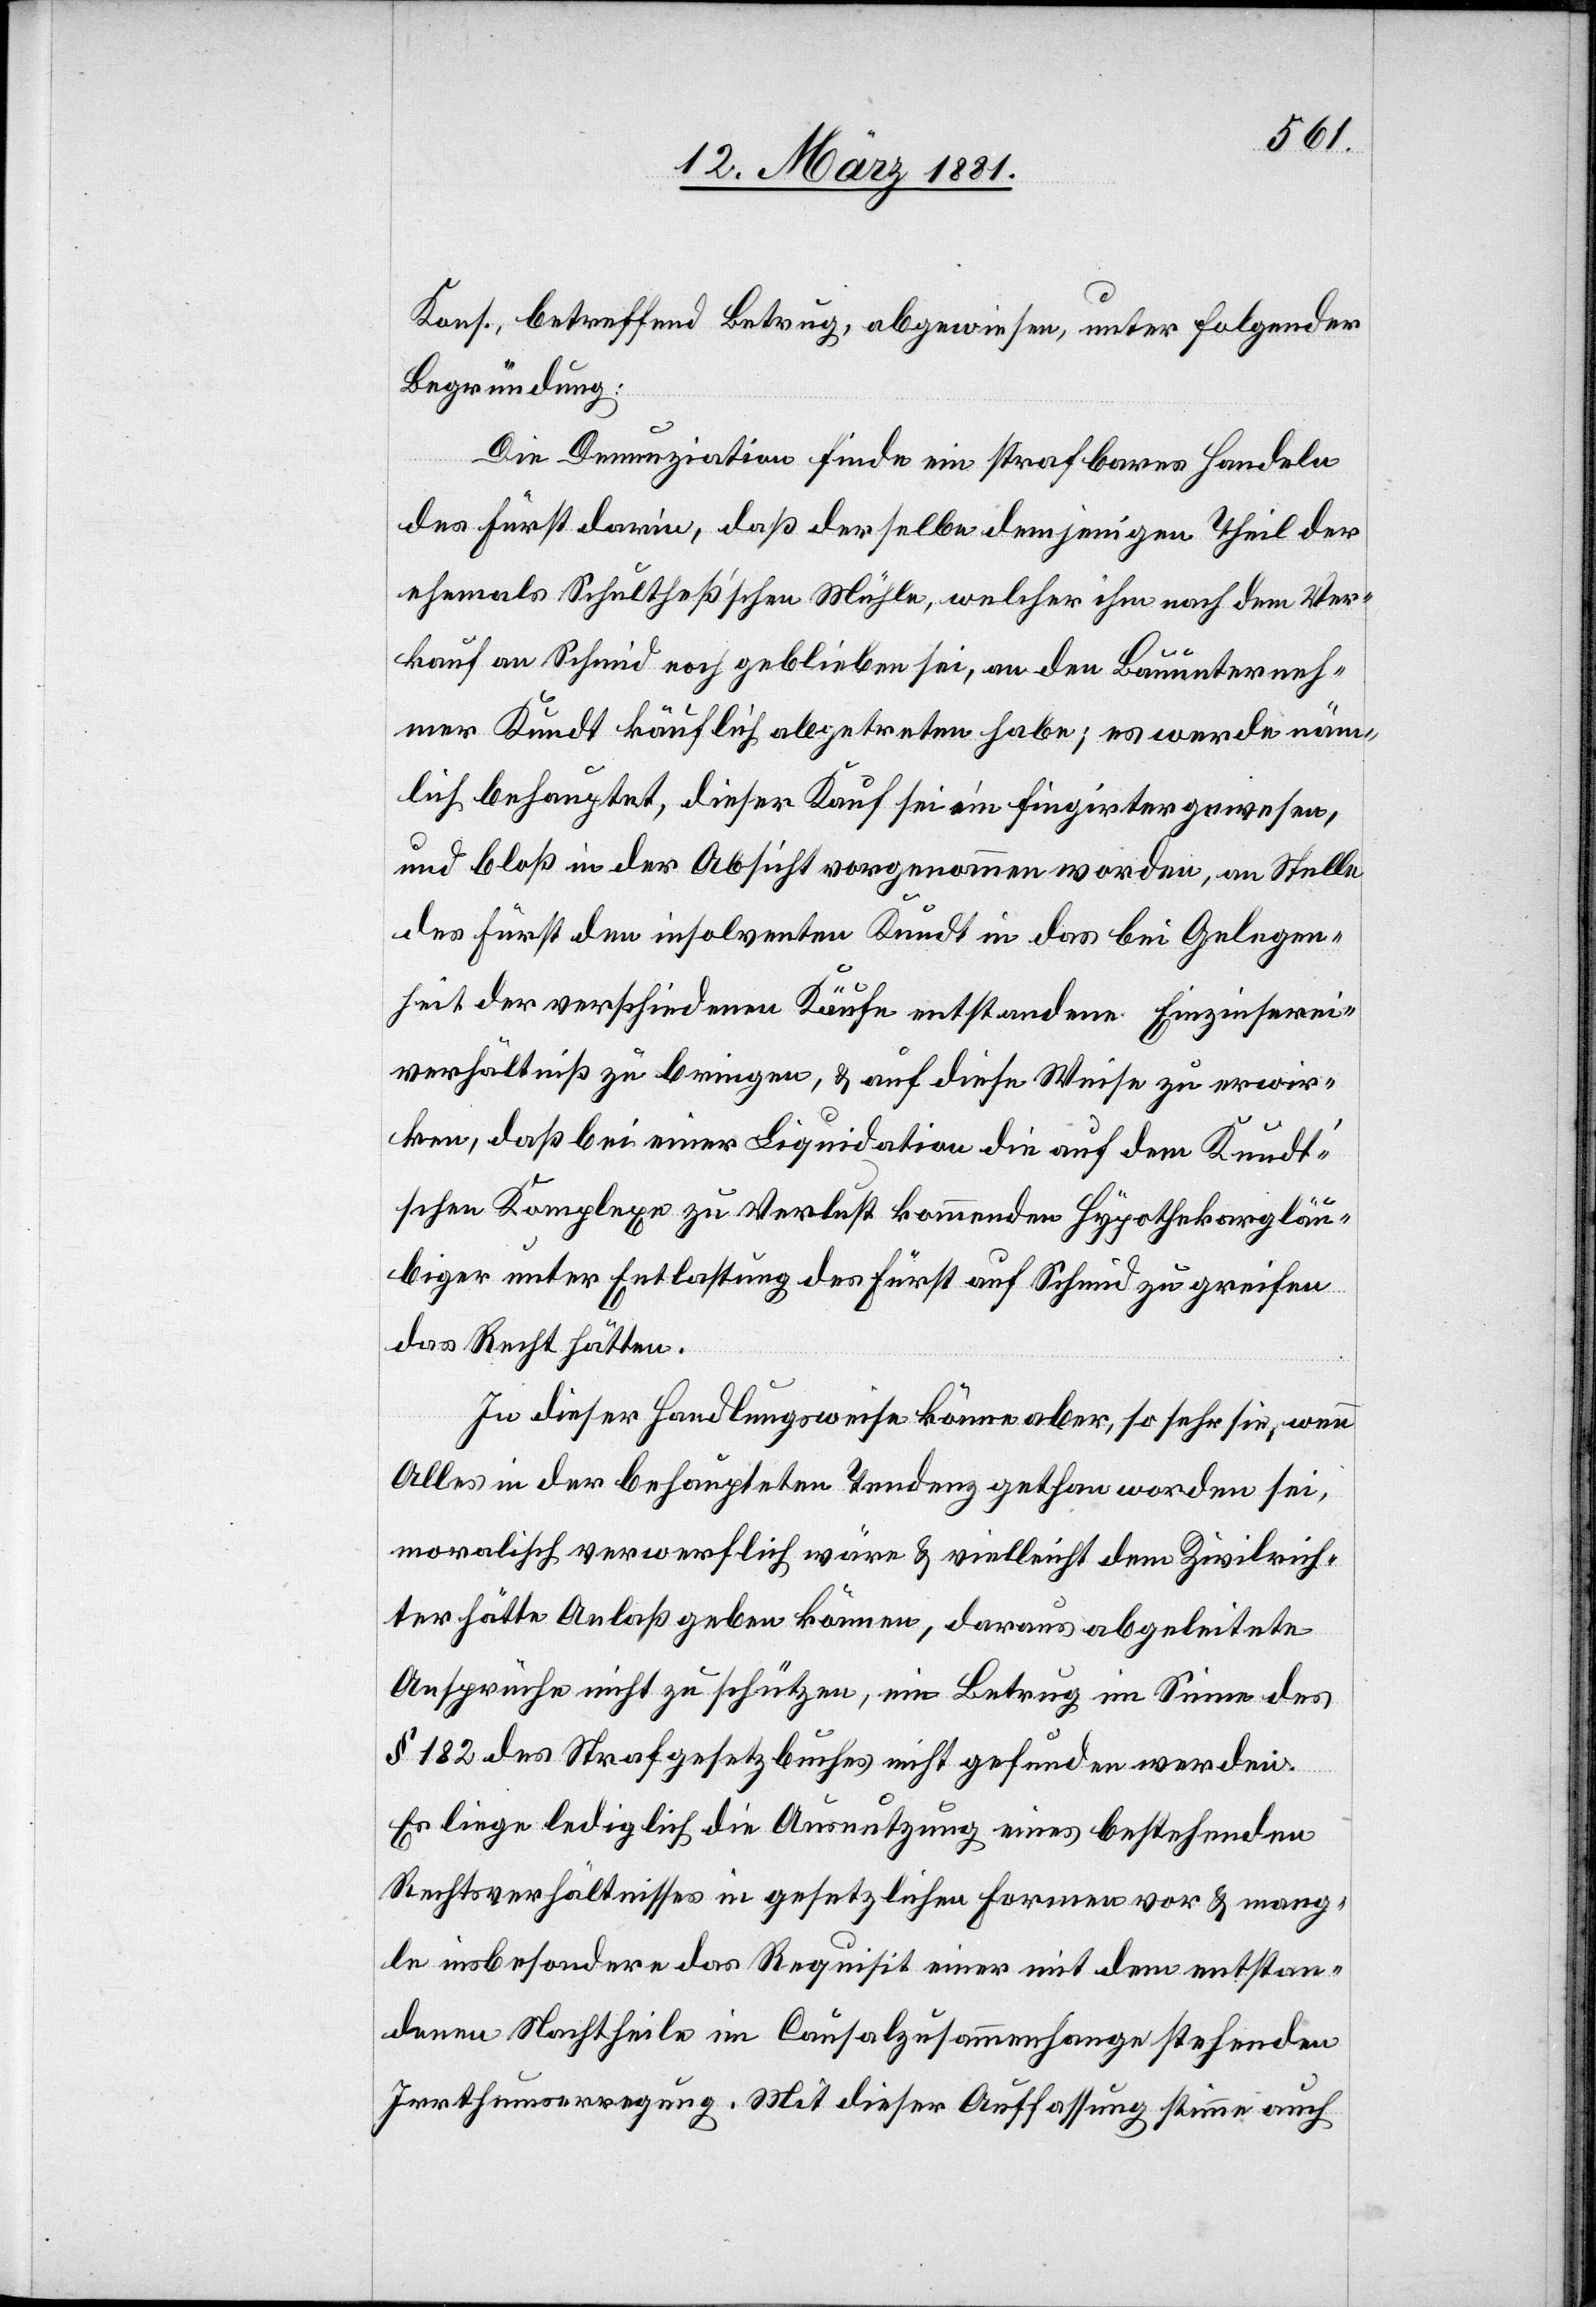
Kons., betreffend Betrug, abgewiesen, unter folgender
Begründung:
Die Denunzination finde ein strafbares Handeln
des Fürst darin, daß derselbe demjenigen Theil der
ehemals Schultheß’schen Mühle, welcher ihm nach dem Ver¬
kauf an Schmid noch geblieben sei, an den Bauunterneh¬
mer Kundt käuflich abgetreten habe; es werde näm¬
lich behauptet, dieser Kauf sei ein fingirter gewesen,
und bloß in der Absicht vorgenommen worden, an Stelle
des Fürst den insolventen Kundt in das bei Gelegen¬
heit der verschiedenen Käufe entstandene Einzinserei¬
verhältniß zu bringen, & auf diese Weise zu erwir¬
ken, daß bei einer Liquidation die auf dem Kundt’s¬
chen Komplexe zu Verlust kommenden Hypothekargläu¬
biger unter Entlastung des Fürst auf Schmid zu greifen
das Recht hätten.
In dieser Handlungsweise könne aber, so sehr sie, wenn
Alles in der behaupteten Tendenz gethan worden sei,
moralisch verwerflich wäre & vielleicht dem Zivilrich¬
ter hätte Anlaß geben können, daraus abgeleitete
Ansprüche nicht zu schützen, ein Betrug im Sinne des
§ 182 des Strafgesetzbuches nicht gefunden werden.
Es liege lediglich die Ausnutzung eines bestehenden
Rechtsverhältnisses in gesetzlichen Formen vor & mang¬
le insbesondere das Requisit einer mit dem entstan¬
denen Nachtheile in Causalzusammenhange stehenden
Irrthumserregung. Mit dieser Auffassung stimme auch